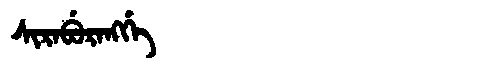
Manchu: ᠰᡳᡵᠠᠪᡠᡵᠠᠩᡤᡝ
Romanization: SIRABURANGGE